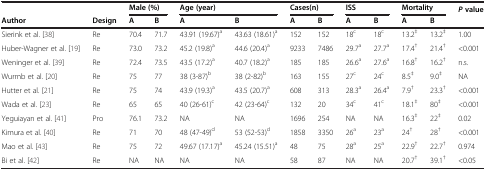
<table><thead><tr><td colspan="2"><b> </b></td><td colspan="2"><b>Male (%)</b></td><td colspan="2"><b>Age (year)</b></td><td colspan="2"><b>Cases(n)</b></td><td colspan="2"><b>ISS</b></td><td colspan="2"><b>Mortality</b></td><td rowspan="2"><b><i>P</i>value</b></td></tr><tr><td><b>Author</b></td><td><b>Design</b></td><td><b>A</b></td><td><b>B</b></td><td><b>A</b></td><td><b>B</b></td><td><b>A</b></td><td><b>B</b></td><td><b>A</b></td><td><b>B</b></td><td><b>A</b></td><td><b>B</b></td></tr></thead><tbody><tr><td>Sierink et al. [38]</td><td>Re</td><td>70.4</td><td>71.7</td><td>43.91 (19.67)<sup>a</sup></td><td>43.63 (18.61)<sup>a</sup></td><td>152</td><td>152</td><td>18<sup>c</sup></td><td>18<sup>c</sup></td><td>13.2<sup>‡</sup></td><td>13.2<sup>‡</sup></td><td>1.00</td></tr><tr><td>Huber-Wagner et al. [19]</td><td>Re</td><td>73.0</td><td>73.2</td><td>45.2 (19.8)<sup>a</sup></td><td>44.6 (20.4)<sup>a</sup></td><td>9233</td><td>7486</td><td>29.7<sup>a</sup></td><td>27.7<sup>a</sup></td><td>17.4<sup>†</sup></td><td>21.4<sup>†</sup></td><td>&lt;0.001</td></tr><tr><td>Weninger et al. [39]</td><td>Re</td><td>72.4</td><td>73.5</td><td>43.5 (17.2)<sup>a</sup></td><td>40.7 (18.2)<sup>a</sup></td><td>185</td><td>185</td><td>26.6<sup>a</sup></td><td>27.6<sup>a</sup></td><td>16.8<sup>†</sup></td><td>16.2<sup>†</sup></td><td>n.s.</td></tr><tr><td>Wurmb et al. [20]</td><td>Re</td><td>75</td><td>77</td><td>38 (3-87)<sup>b</sup></td><td>38 (2-82)<sup>b</sup></td><td>163</td><td>155</td><td>27<sup>c</sup></td><td>24<sup>c</sup></td><td>8.5<sup>‡</sup></td><td>9.0<sup>‡</sup></td><td>NA</td></tr><tr><td>Hutter et al. [21]</td><td>Re</td><td>75</td><td>74</td><td>43.9 (19.3)<sup>a</sup></td><td>43.5 (20.7)<sup>a</sup></td><td>608</td><td>313</td><td>28.3<sup>a</sup></td><td>26.4<sup>a</sup></td><td>7.9<sup>†</sup></td><td>23.3<sup>†</sup></td><td>&lt;0.001</td></tr><tr><td>Wada et al. [23]</td><td>Re</td><td>65</td><td>65</td><td>40 (26-61)<sup>c</sup></td><td>42 (23-64)<sup>c</sup></td><td>132</td><td>20</td><td>34<sup>c</sup></td><td>41<sup>c</sup></td><td>18.1<sup>‡</sup></td><td>80<sup>‡</sup></td><td>&lt;0.001</td></tr><tr><td>Yeguiayan et al. [41]</td><td>Pro</td><td>76.1</td><td>73.2</td><td>NA</td><td>NA</td><td>1696</td><td>254</td><td>NA</td><td>NA</td><td>16.3<sup>‡</sup></td><td>22<sup>‡</sup></td><td>0.02</td></tr><tr><td>Kimura et al. [40]</td><td>Re</td><td>71</td><td>70</td><td>48 (47-49)<sup>d</sup></td><td>53 (52-53)<sup>d</sup></td><td>1858</td><td>3350</td><td>26<sup>a</sup></td><td>23<sup>a</sup></td><td>24<sup>†</sup></td><td>28<sup>†</sup></td><td>&lt;0.001</td></tr><tr><td>Mao et al. [43]</td><td>Re</td><td>75</td><td>72</td><td>49.67 (17.17)<sup>a</sup></td><td>45.24 (15.51)<sup>a</sup></td><td>48</td><td>75</td><td>28<sup>a</sup></td><td>25<sup>a</sup></td><td>22.9<sup>†</sup></td><td>22.7<sup>†</sup></td><td>0.974</td></tr><tr><td>Bi et al. [42]</td><td>Re</td><td>NA</td><td>NA</td><td>NA</td><td>NA</td><td>58</td><td>87</td><td>NA</td><td>NA</td><td>20.7<sup>†</sup></td><td>39.1<sup>†</sup></td><td>&lt;0.05</td></tr></tbody></table>